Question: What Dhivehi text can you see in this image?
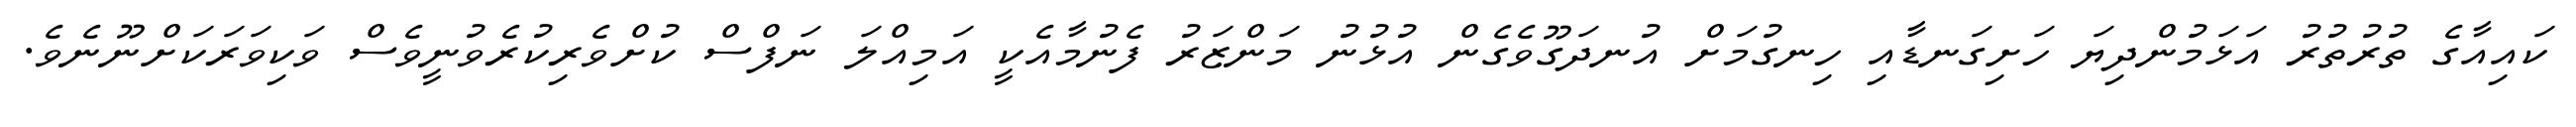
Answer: ކައިއާގެ ތުރުތުރު އަޅަމުންދިޔަ ހަށިގަނޑާއި ހިނގުމަށް އުނދަގޫވެގެން އުޅުނު މަންޒަރު ފެނުމާއެކީ އަމިއްލަ ނަފްސް ކުށްވެރިކުރެވުނީވެސް ވަކިވަރަކަށްނޫނެވެ.